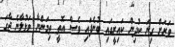
ވަރަށް ގިނަ ކުދިން ކައިރީގައި ބުނެފައި ވެސް އޮތީ ތިމަންނާ ވަޅުލާނެ ޖާގަ